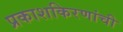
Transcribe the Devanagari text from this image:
प्रकाशकिरणांची